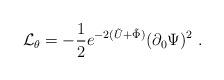
LaTeX: \begin{align*}{\cal{L}}_{\theta} = -{1 \over 2}e^{-2(\tilde{U}+\tilde{\Phi})} (\partial_0 \Psi)^2 \ .\end{align*}